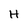
Character: H